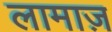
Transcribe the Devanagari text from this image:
लामाज़